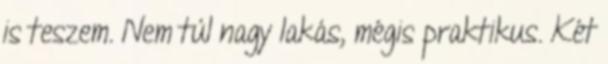
is teszem. Nem túl nagy lakás, mégis praktikus. Két